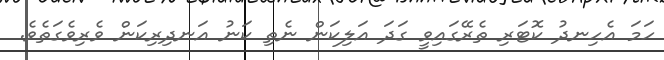
ހަމަ އެހިނދު ކޮޓަރި ތެރޭގައިވީ ގަދަ އަލިކަން ނެތި ކަނު އަނދިރިކަން ވެރިވެގަތެވެ.